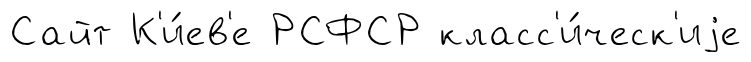
Сайт К'и́ев'е РСФСР класс'и́ческ'иjе